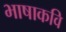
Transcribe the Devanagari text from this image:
भाषाकवि